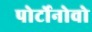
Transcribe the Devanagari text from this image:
पोर्टोनोवो